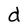
Character: d